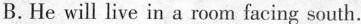
B. He will live in a room facing south.